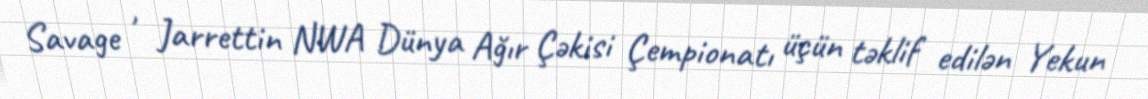
Savage , Jarrettin NWA Dünya Ağır Çəkisi Çempionatı üçün təklif edilən Yekun